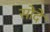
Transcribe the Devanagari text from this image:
सोदे